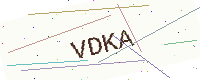
Text: VDKA